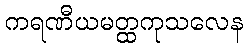
ကရဏီယမတ္ထကုသလေန